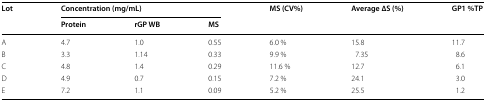
<table><thead><tr><td rowspan="2"><b>Lot</b></td><td colspan="3"><b>Concentration (mg/mL)</b></td><td rowspan="2"><b>MS (CV%)</b></td><td rowspan="2"><b>Average ∆S (%)</b></td><td rowspan="2"><b>GP1 %TP</b></td></tr><tr><td><b>Protein</b></td><td><b>rGP WB</b></td><td><b>MS</b></td></tr></thead><tbody><tr><td>A</td><td>4.7</td><td>1.0</td><td>0.55</td><td>6.0 %</td><td>15.8</td><td>11.7</td></tr><tr><td>B</td><td>3.3</td><td>1.14</td><td>0.33</td><td>9.9 %</td><td>7.35</td><td>8.6</td></tr><tr><td>C</td><td>4.8</td><td>1.4</td><td>0.29</td><td>11.6 %</td><td>12.7</td><td>6.1</td></tr><tr><td>D</td><td>4.9</td><td>0.7</td><td>0.15</td><td>7.2 %</td><td>24.1</td><td>3.0</td></tr><tr><td>E</td><td>7.2</td><td>1.1</td><td>0.09</td><td>5.2 %</td><td>25.5</td><td>1.2</td></tr></tbody></table>